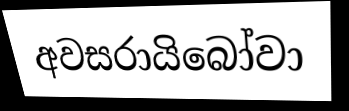
අවසරායිබෝවා